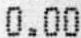
0.00